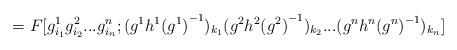
LaTeX: \begin{align*}=F[g^1_{i_1}g^2_{i_2}...g^n_{i_n};(g^1h^1{(g^1)}^{-1})_{k_1}(g^2h^2{(g^2)}^{-1})_{k_2}...(g^nh^n{(g^n)}^{-1})_{k_n}]\end{align*}